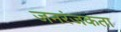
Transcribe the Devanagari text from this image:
जनरंजकता